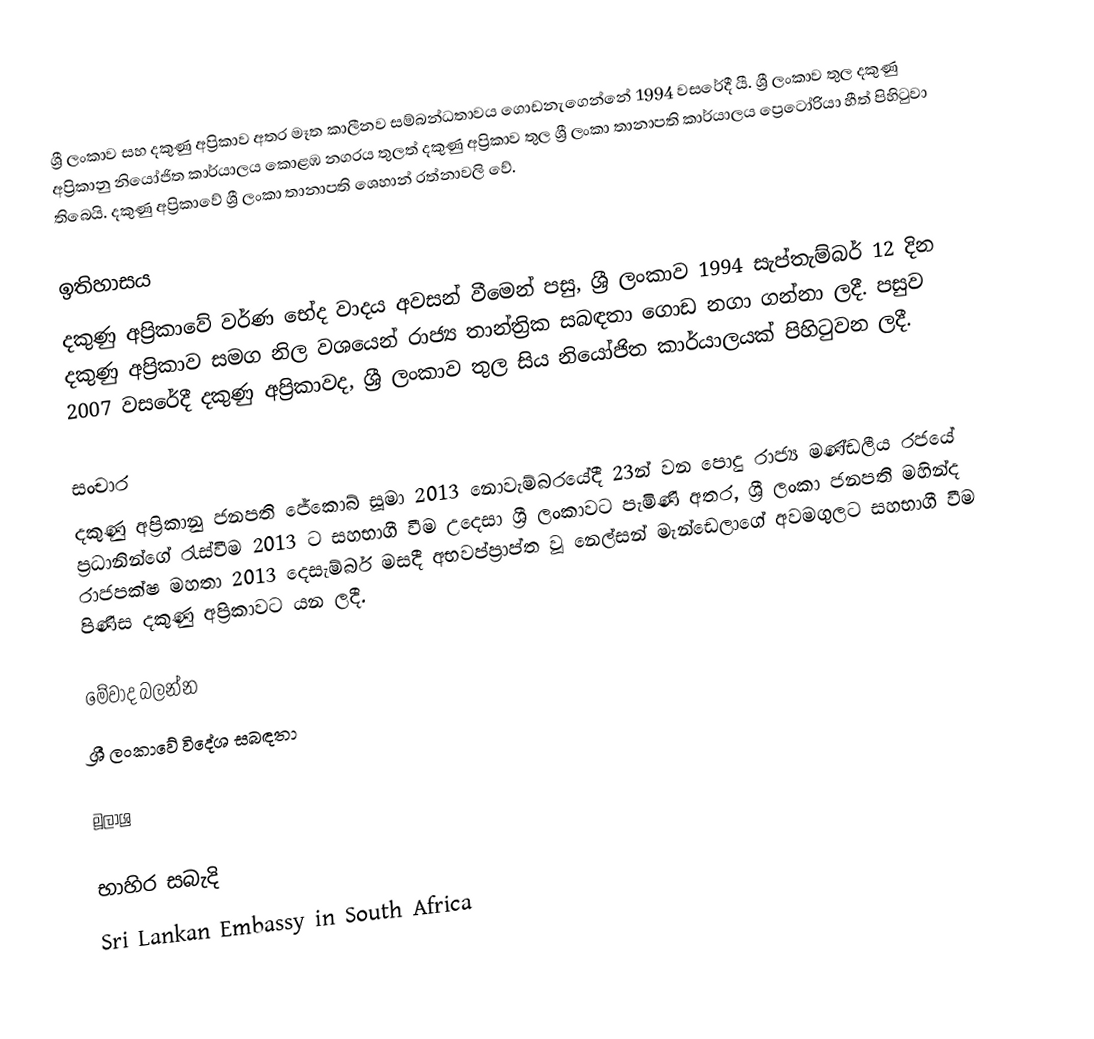
ශ්‍රී ලංකාව සහ දකුණු අප්‍රිකාව අතර මෑත කාලීනව සම්බන්ධතාවය ගොඩනැගෙන්නේ 1994 වසරේදී යී. ශ්‍රී ලංකාව තුල දකුණු අප්‍රිකානු නියෝජිත කාර්යාලය කොළඹ නගරය තුලත් දකුණු අප්‍රිකාව තුල ශ්‍රී ලංකා තානාපති කාර්යාලය ප්‍රෙටෝරියා හීත් පිහිටුවා තිබෙයි. දකුණු අප්‍රිකාවේ ශ්‍රී ලංකා තානාපති ශෙහාන් රත්නාවලි වේ.

ඉතිහාසය
දකුණු අප්‍රිකාවේ වර්ණ භේද වාදය අවසන් වීමෙන් පසු, ශ්‍රී ලංකාව 1994 සැප්තැම්බර් 12 දින දකුණු අප්‍රිකාව සමග නිල වශයෙන් රාජ්‍ය තාන්ත්‍රික සබඳතා ගොඩ නගා ගන්නා ලදී. පසුව 2007 වසරේදී දකුණු අප්‍රිකාවද, ශ්‍රී ලංකාව තුල සිය නියෝජිත කාර්යාලයක් පිහිටුවන ලදී.

සංචාර
දකුණු අප්‍රිකානු ජනපති ජේකොබ් සූමා 2013 නොවැම්බරයේදී 23න් වන පොදු රාජ්‍ය මණ්ඩලීය රජයේ ප්‍රධානින්ගේ රැස්වීම 2013 ට සහභාගී වීම උදෙසා ශ්‍රී ලංකාවට පැමිණි අතර, ශ්‍රී ලංකා ජනපති මහින්ද රාජපක්ෂ මහතා 2013 දෙසැම්බර් මසදී අභවප්ප්‍රාප්ත වූ නෙල්සන් මැන්ඩෙලාගේ අවමගුලට සහභාගී වීම පිණිස දකුණු අප්‍රිකාවට යන ලදී.

මේවාද බලන්න
ශ්‍රී ලංකාවේ විදේශ සබඳතා

මූලාශ්‍ර

භාහිර සබැදි
 Sri Lankan Embassy in South Africa